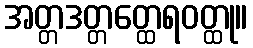
အတ္တဒတ္တတ္ထေရဝတ္ထု။